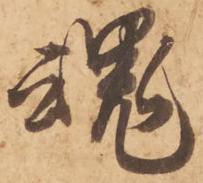
魂